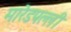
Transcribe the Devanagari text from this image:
मारेडपल्ली